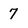
Character: 7